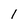
Character: 1